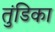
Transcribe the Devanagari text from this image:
तुंडिका